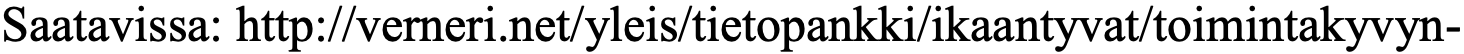
Saatavissa: http://verneri.net/yleis/tietopankki/ikaantyvat/toimintakyvyn-